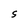
Character: S